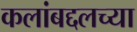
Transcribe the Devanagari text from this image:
कलांबद्दलच्या